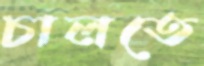
চালতে